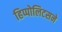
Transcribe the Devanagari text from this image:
हिप्पोलिटसने